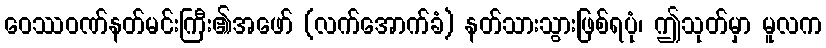
ဝေဿဝဏ်နတ်မင်းကြီး၏အဖော် (လက်အောက်ခံ) နတ်သားသွားဖြစ်ရပုံ၊ ဤသုတ်မှာ မူလက